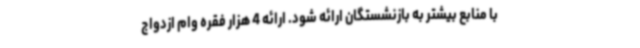
با منابع بیشتر به بازنشستگان ارائه شود. ارائه 4 هزار فقره وام ازدواج